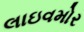
લાઇવમોર